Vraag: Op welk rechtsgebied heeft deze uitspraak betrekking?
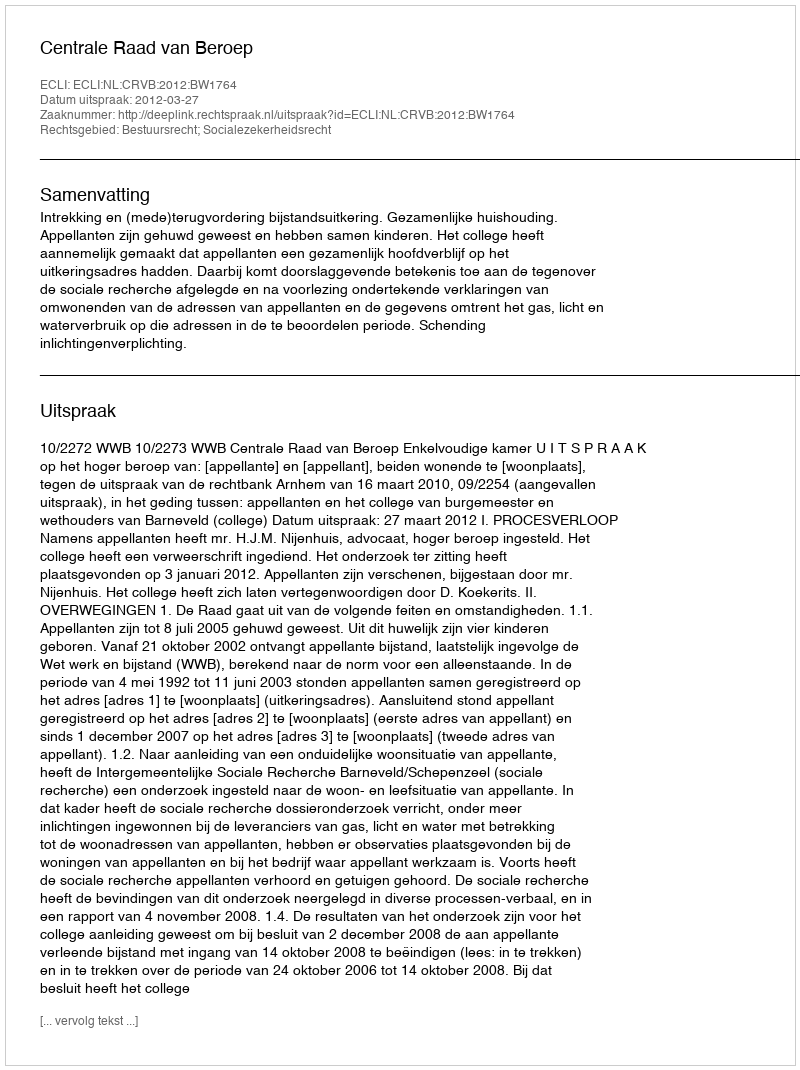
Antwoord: Bestuursrecht; Socialezekerheidsrecht